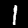
Label: 1